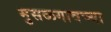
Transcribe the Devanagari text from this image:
मुसळगावच्या